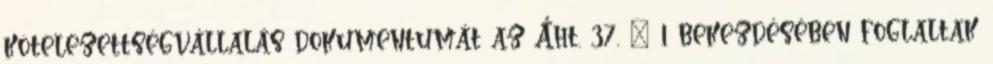
kötelezettségvállalás dokumentumát az Áht. 37. § 1 bekezdésében foglaltak